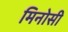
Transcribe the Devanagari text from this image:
मिनोसी